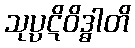
သုပ္ပဋိဝိဒ္ဓါတိ